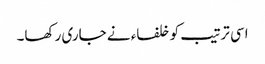
اسی ترتیب کو خلفاء نے جاری رکھا۔